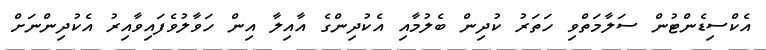
އެކްސިޑެންޓުން ސަލާމަތްވި ހަތަރު ކުދިން ބެލުމާއި އެކުދިންގެ އާއިލާ އިން ހަވާލުވެފައިވާއިރު އެކުދިންނަށް